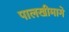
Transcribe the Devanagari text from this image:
पालखीमागे